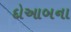
દોઆબના